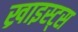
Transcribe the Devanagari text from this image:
ख्राइस्ट्स